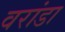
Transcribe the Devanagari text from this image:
वरांडा